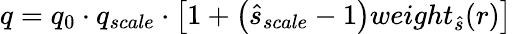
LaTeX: q=q_{0}\cdot q_{scale}\cdot\left[1+\left(\hat{s}_{scale}-1\right)weight_{\hat{s}}(r)\right]